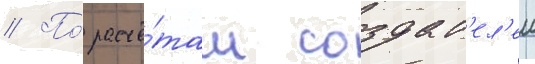
// По́ расчё́там создат'ел'еи